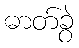
ဓာတ်ခွဲ